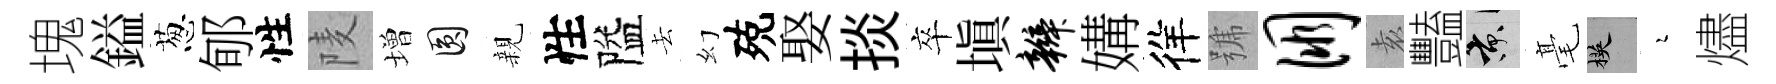
塊鎰葱郇性𨹧増圓親性隘去幻殑娶掞卒塡辫媾徉號朋𡊮豔京毫楧瑟燼